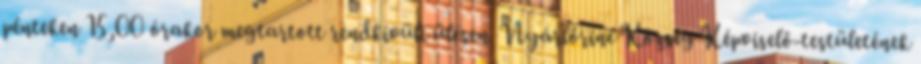
pénteken 15,00 órakor megtartott rendkívüli ülésen. Nyárlőrinc Község Képviselő-testületének